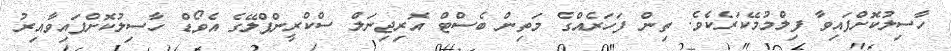
ހާސިލުކޮށްފައިވާ ފިލްމުމޭކަރެކެވެ. ތިން ފަހަރެއްގެ މަތިން ބެސްޓް އޮރިޖިނަލް ސްކްރީންޕްލޭގެ އެވޯޑް ހާސިލުކޮށްފައިވާއިރު